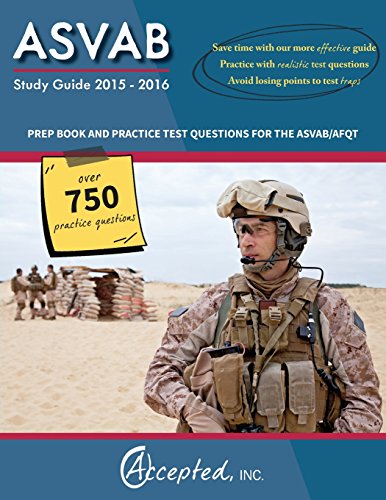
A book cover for ASVAB Study Guide 2015-2016:: Prep Book and Practice Test Questions for the ASVAB/AFQT; Inc. Accepted; Test Preparation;